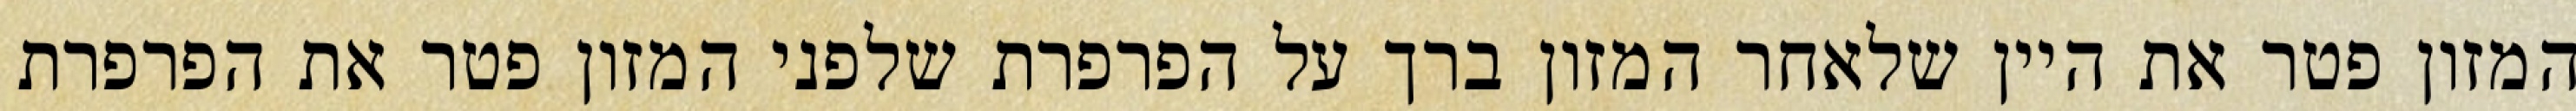
המזון פטר את היין שלאחר המזון ברך על הפרפרת שלפני המזון פטר את הפרפרת